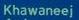
khawaneej